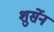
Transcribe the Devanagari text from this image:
शुर्सेन